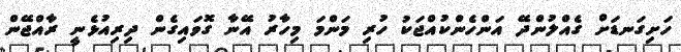
ހަށިގަނޑަށް ގެއްލުންދޭ އަންހެންކުއްޖަކު ހުރި މަންމަ މިހާރު އޭނާ ގޮވައިގެން ދިރިއުޅެނީ ރާއްޖޭން